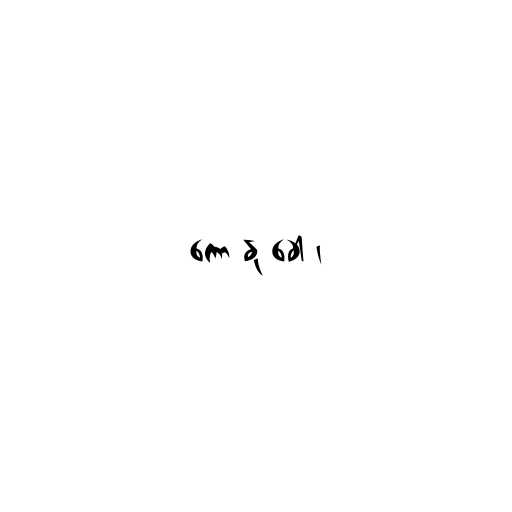
ကော နု ခေါ ၊